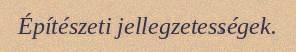
Építészeti jellegzetességek.